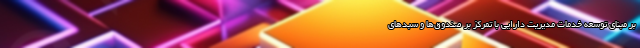
بر مبنای توسعه خدمات مدیریت دارایی با تمرکز بر صندوق‌ها و سبدهای